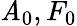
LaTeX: \mathit{A}_{0},F_{0}